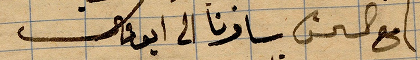
مع ... سافرنا الى ابوو علي